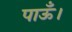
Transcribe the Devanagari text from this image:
पाऊँ।